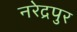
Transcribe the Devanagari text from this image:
नरेद्रपुर